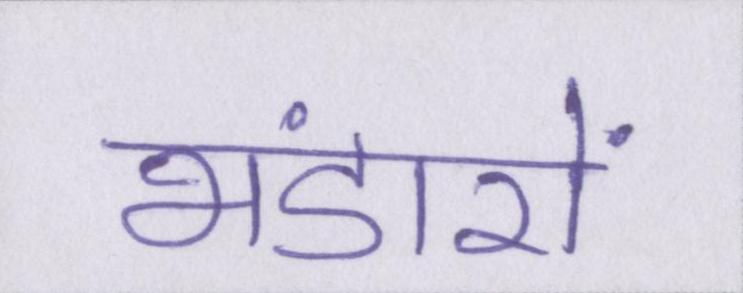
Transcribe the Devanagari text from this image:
भंडारों